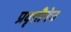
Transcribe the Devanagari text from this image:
प्रवृत्तीनेच